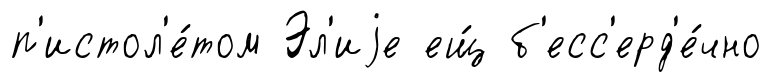
п'истол'е́том Эл'иjе ещ́ б'есс'ерд'е́чно